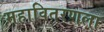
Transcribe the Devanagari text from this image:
महावितरणला